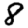
Digit: 8